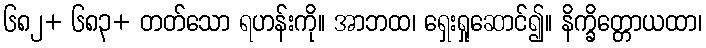
၆၈၂+ ၆၈၃+ တတ်သော ရဟန်းကို။ အာဘထ၊ ရှေးရှုဆောင်၍။ နိက္ခိတ္တောယထာ၊